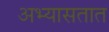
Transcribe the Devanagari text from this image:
अभ्यासतात